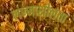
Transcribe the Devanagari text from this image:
लज्जाशीलता